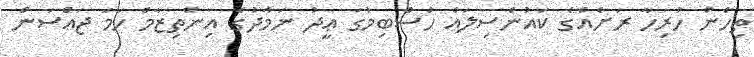
ތިހެން ހުރިހާ ރަށެއްގެ ކައުންސިލައް ހުސްބިމުގަ ޢީދު ނަމާދުގެ އިންތިޒާމް ހަމަ ޖައްސަން